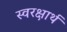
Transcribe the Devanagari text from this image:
स्वरक्षार्थ